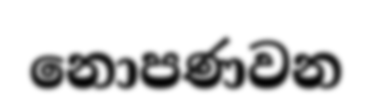
නොපණවන